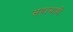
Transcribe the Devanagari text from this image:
सहामाही